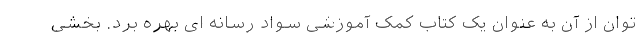
توان از آن به عنوان یک کتاب کمک آموزشی سواد رسانه ای بهره برد. بخشی